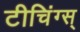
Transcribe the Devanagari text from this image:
टीचिंग्स्‌